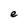
Character: e